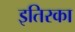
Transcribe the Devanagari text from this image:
इतिरका